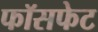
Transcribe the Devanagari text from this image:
फॉसफेट